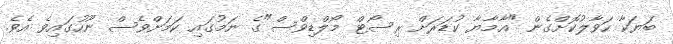
ބަޔަކާ ހަވާލުކޮށްގެން "އާމާޔާ ކުޑަރަށް ރިސޯޓް މޯލްޑިވްސް"ގެ ނަމުގައި ކަމަށްވެސް ނޫހުގައިވެ އެވެ.